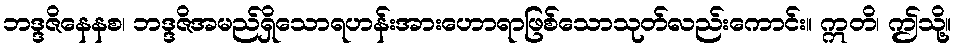
ဘဒ္ဒဇိနေနစ၊ ဘဒ္ဒဇိအမည်ရှိသောရဟန်းအားဟောရာဖြစ်သောသုတ်လည်းကောင်း။ ဣတိ၊ ဤသို့။